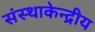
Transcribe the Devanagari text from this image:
संस्थाकेन्द्रीय